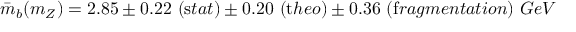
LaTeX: \bar { m } _ { b } ( m _ { Z } ) = 2 . 8 5 \pm 0 . 2 2 ~ ( { \mathrm s t a t } ) \pm 0 . 2 0 ~ ( { \mathrm t h e o } ) \pm 0 . 3 6 ~ ( { \mathrm f r a g m e n t a t i o n } ) ~ G e V